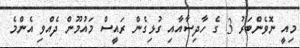
މިއީ ނޮވެންބަރު 3 ގެ ހާދިސާއާއި ގުޅިގެން ރައީސް މައުމޫން ދެއްވި އެންމެ